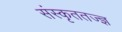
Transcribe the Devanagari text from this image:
संस्कृततज्ज्ञ